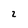
Character: 2